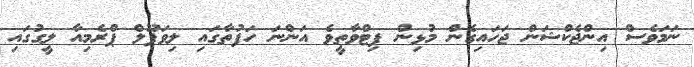
ނަމަވެސް އިންޖެކްޝަން ޖަހައިގެން މުޅިން ފިޓްވާތީވެ އަންނަ ހަފުތާގައި ލިވަޕޫލް ޕްރެމިއާ ލީގުގައި